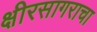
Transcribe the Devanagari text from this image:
क्षीरसागराचा